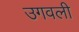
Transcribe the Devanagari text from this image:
उगवली